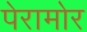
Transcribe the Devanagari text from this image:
पेरामोर